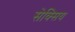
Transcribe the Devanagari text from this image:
सेक्सिय